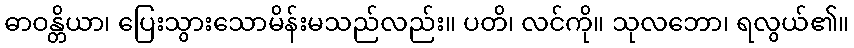
ဓာဝန္တိယာ၊ ပြေးသွားသောမိန်းမသည်လည်း။ ပတိ၊ လင်ကို။ သုလဘော၊ ရလွယ်၏။